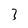
Character: 3